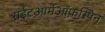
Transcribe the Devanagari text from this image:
राईटआर्मऑफ़स्पिन